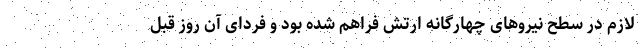
لازم در سطح نیروهای چهارگانه ارتش فراهم شده بود و فردای آن روز قبل